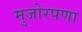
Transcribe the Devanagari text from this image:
मुजोरपणा